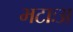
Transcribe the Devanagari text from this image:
भटाःअ